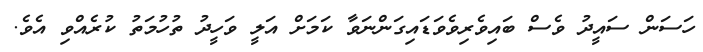
ހަސަން ސައީދު ވެސް ބައިވެރިވެވަޑައިގަންނަވާ ކަމަށް އަލީ ވަހީދު ތުހުމަތު ކުރެއްވި އެވެ.